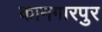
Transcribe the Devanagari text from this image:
कामगारपुर